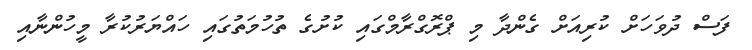
ފަސް ދުވަހަށް ކުރިއަށް ގެންދާ މި ޕްރޮގްރާމްގައި ކުށުގެ ތުހުމަތުގައި ހައްޔަރުކުރާ މީހުންނާއި